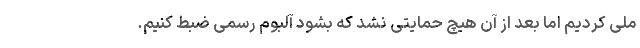
ملی کردیم اما بعد از آن هیچ حمایتی نشد که بشود آلبوم رسمی ضبط کنیم.